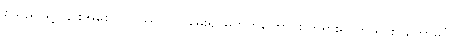
စသည်ဖြင့် ၎င်းအစေလကဿပ-ကမေး၍ မဟုတ်ကြောင်း ဘုရားရှင်က ရှင်းပြတော်မူပုံ။